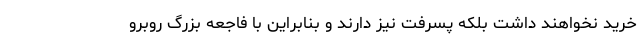
خرید نخواهند داشت بلکه پسرفت نیز دارند و بنابراین با فاجعه بزرگ روبرو